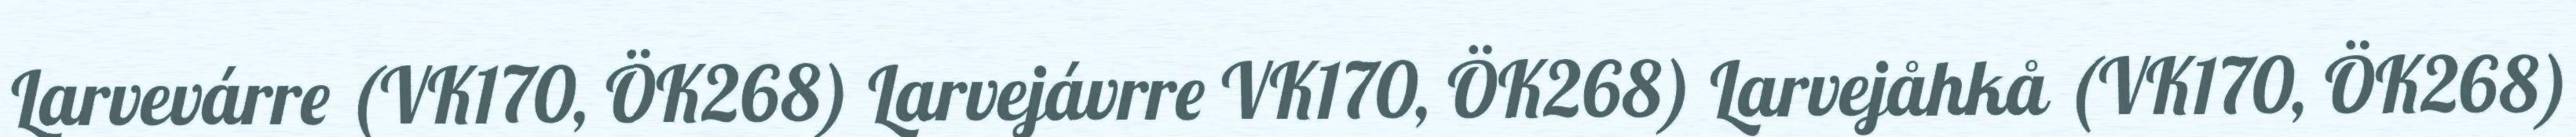
Larvevárre (VK170, ÖK268) Larvejávrre VK170, ÖK268) Larvejåhkå (VK170, ÖK268)